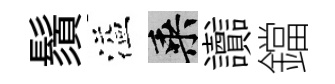
鬚溢乘讟鐺